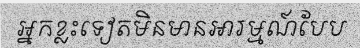
អ្នកខ្លះទៀតមិនមានអារម្មណ៍បែប